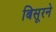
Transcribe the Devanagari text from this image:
बिसूरने